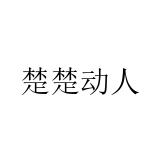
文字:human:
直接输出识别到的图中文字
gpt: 楚楚动人